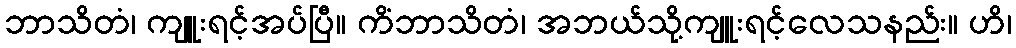
ဘာသိတံ၊ ကျူးရင့်အပ်ပြီ။ ကိံဘာသိတံ၊ အဘယ်သို့ကျူးရင့်လေသနည်း။ ဟိ၊